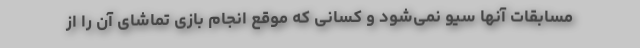
مسابقات آنها سیو نمی‌شود و کسانی که موقع انجام بازی تماشای آن را از